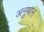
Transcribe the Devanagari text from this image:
अनुषान